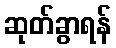
ဆုတ်ခွာရန်